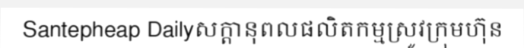
Santepheap Dailyសក្តានុពលផលិតកម្មស្រូវក្រុមហ៊ុន